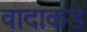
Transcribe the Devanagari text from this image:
वादाकडे